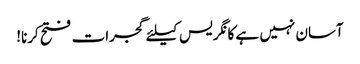
آسان نہیں ہے کانگریس کیلئے گجرات فتح کرنا!